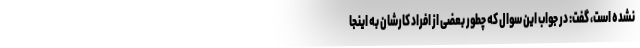
نشده است، گفت: در جواب این سوال که چطور بعضی از افراد کارشان به اینجا